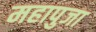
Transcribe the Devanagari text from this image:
महापुजा